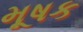
મૂષક